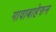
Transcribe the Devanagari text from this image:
गावाबाहेरुन